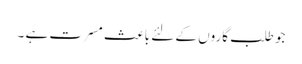
جو طلب گاروں کے لئے باعث مسرت ہے ۔